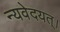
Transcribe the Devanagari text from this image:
न्यवेदयत्।